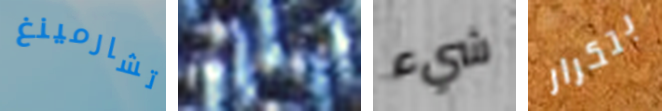
تشارمينغ الثغرة شيء بتكرار